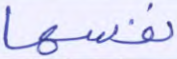
نفسها